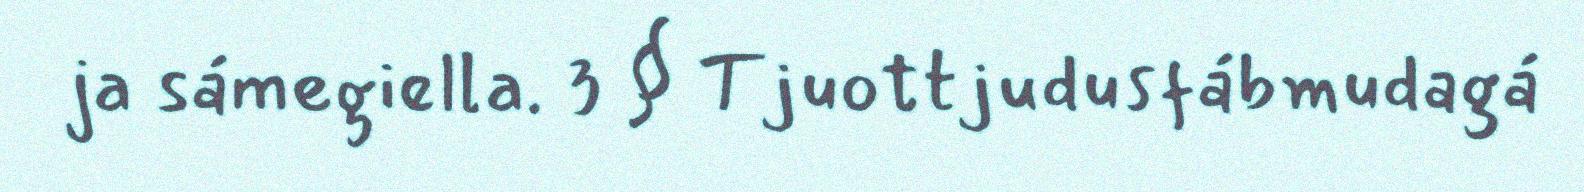
ja sámegiella. 3 § Tjuottjudusfábmudagá